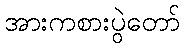
အားကစားပွဲတော်